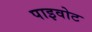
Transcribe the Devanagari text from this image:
पाइवोट